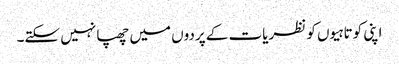
اپنی کوتاہیوں کو نظریات کے پردوں میں چھپا نہیں سکتے۔